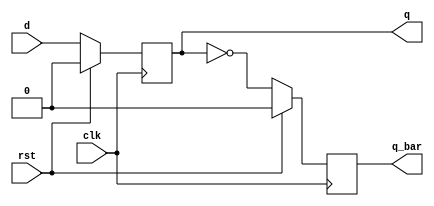
module dff(d, clk, q, q_bar, rst);
  input d;
  input rst;
  input clk;
  output reg q;
  output reg q_bar;
  always @ (posedge clk) begin
    if(rst)begin
      q <= 0;
      q_bar = 0;
    end
    else begin
      q <= d;
      q_bar = ~q;
    end
    $display("Time = %0d, Reset = %0d, D = %0d, Q = %0d, Q_Bar = %0d", $time, rst, d, q, q_bar);
  end
endmodule